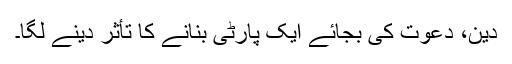
دین، دعوت کی بجائے ایک پارٹی بنانے کا تأثر دینے لگا۔